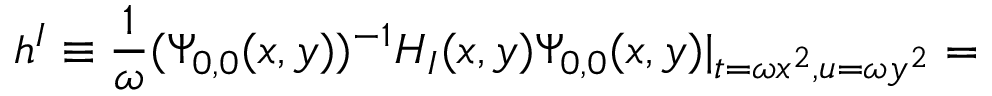
h ^ { I } \equiv \frac { 1 } { \omega } ( \Psi _ { 0 , 0 } ( x , y ) ) ^ { - 1 } H _ { I } ( x , y ) \Psi _ { 0 , 0 } ( x , y ) | _ { t = \omega x ^ { 2 } , u = \omega y ^ { 2 } } =